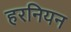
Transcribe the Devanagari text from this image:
हरनियन